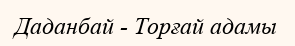
Даданбай - Торғай адамы